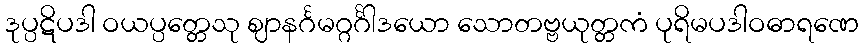
ဒုပ္ပဋိပဒါ ဝယပ္ပတ္တေသု ဈာနင်္ဂမဂ္ဂင်္ဂါဒယော သောတဗ္ဗယုတ္တကံ ပုရိမပဒါဝဓာရဏေ